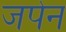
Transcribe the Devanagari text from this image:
जपेन